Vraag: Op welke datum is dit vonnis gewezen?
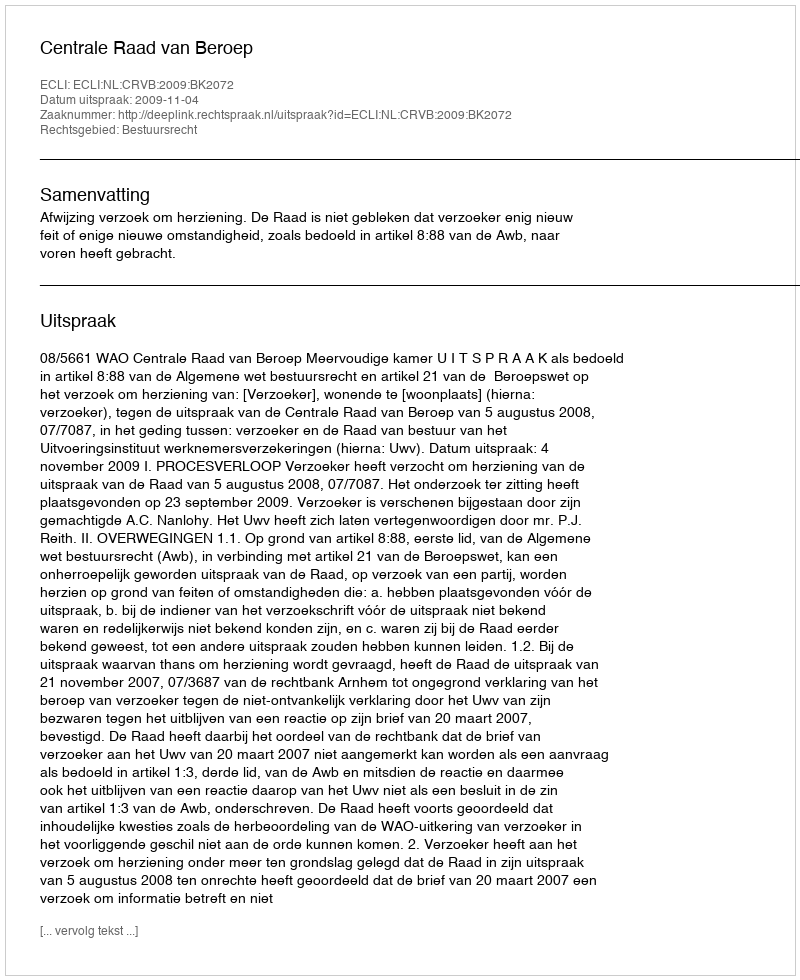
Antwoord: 2009-11-04